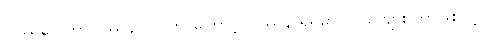
ပြဿနာ၊ ဘာပြဿနာလဲ၊ ဘာကြောင့် ပြဿနာရှိရမှာလဲ၊ ခင်ဗျား ဘာဖြစ်လို့